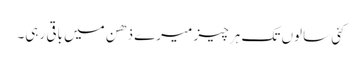
کئی سالوں تک ہر چیز میرے ذھن میں باقی رہی۔